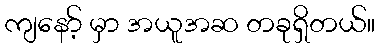
ကျနော့် မှာ အယူအဆ တခုရှိတယ်။